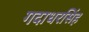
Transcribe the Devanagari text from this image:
गदाधरसिंह